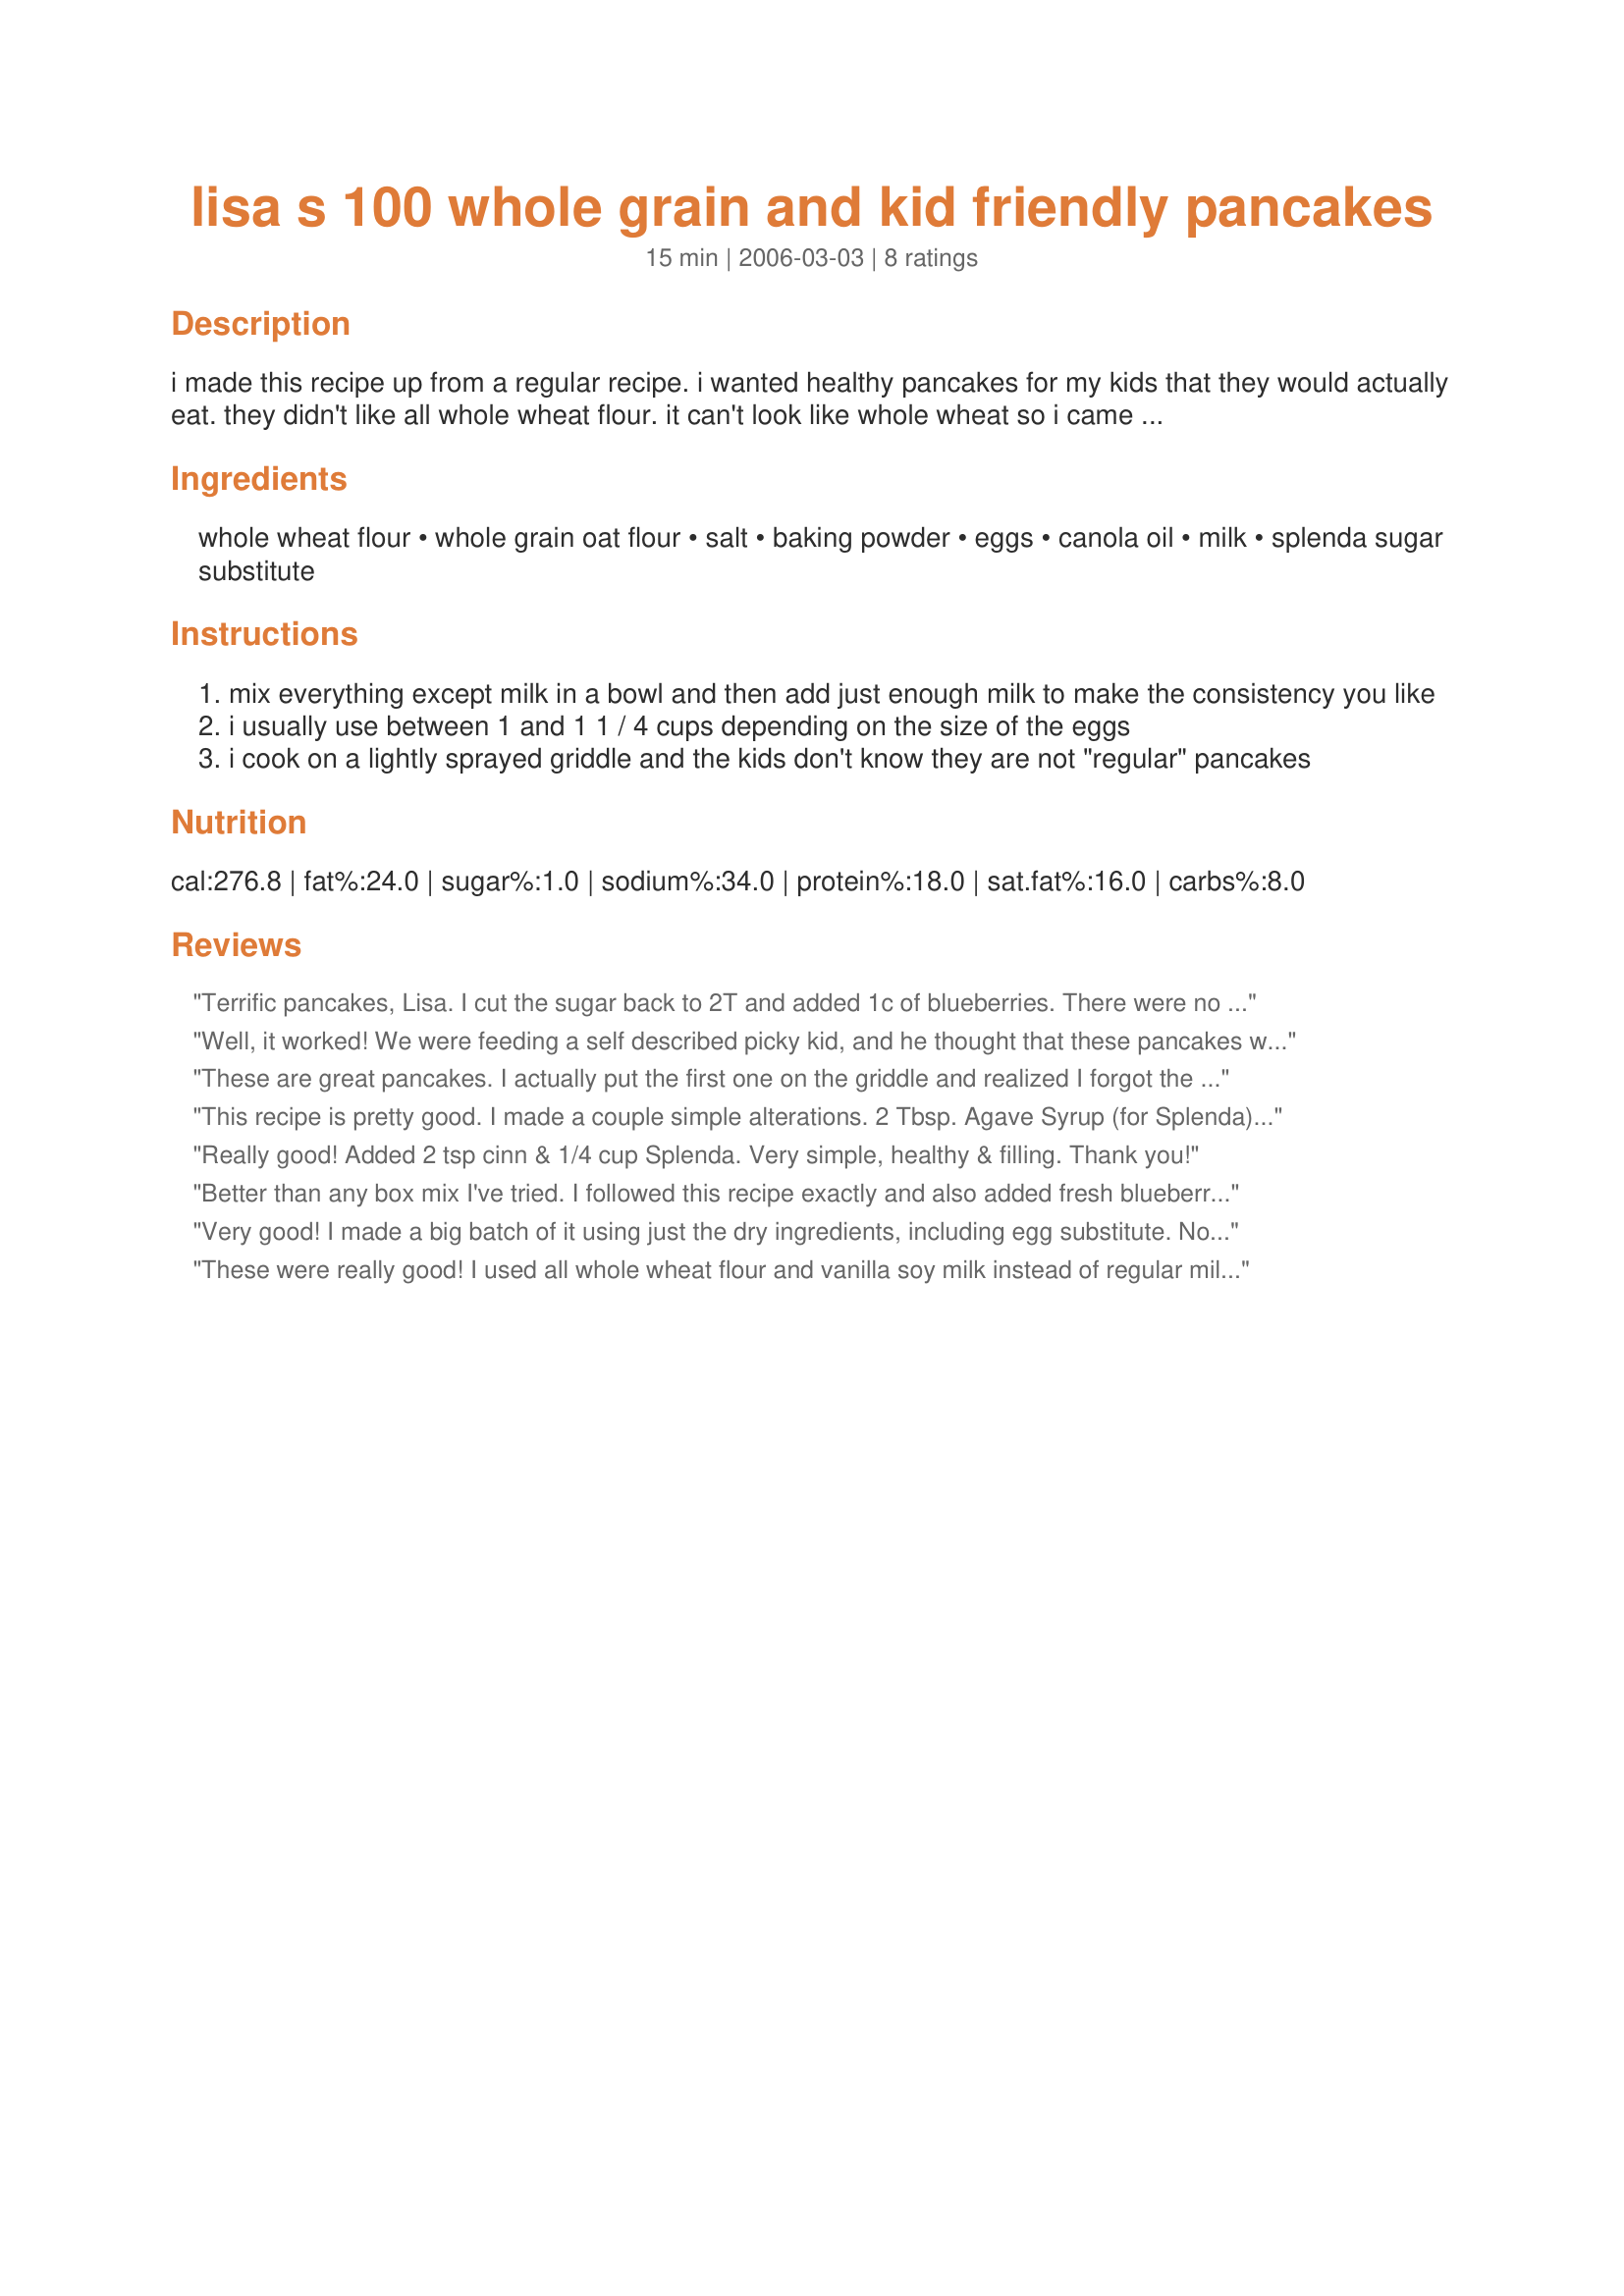
lisa s 100 whole grain and kid friendly pancakes
Preparation time: 15 minutes

i made this recipe up from a regular recipe. i wanted healthy pancakes for my kids that they would actually eat. they didn't like all whole wheat flour. it can't look like whole wheat so i came up with this.
i add splenda and cinnamon to mine sometimes. i even sometimes add chocolate chips... or chopped apples...

Ingredients:
whole wheat flour, whole grain oat flour, salt, baking powder, eggs, canola oil, milk, splenda sugar substitute

Steps:
mix everything except milk in a bowl and then add just enough milk to make the consistency you like
i usually use between 1 and 1 1 / 4 cups depending on the size of the eggs
i cook on a lightly sprayed griddle and the kids don't know they are not "regular" pancakes

Reviews:
Terrific pancakes, Lisa. I cut the sugar back to 2T and added 1c of blueberries. There were no leftovers.
Well, it worked! We were feeding a self described picky kid, and he thought that these pancakes were great. My husband and i liked them too. Because we were going on a camping trip, i pre-mixed the dry ingredients (including a heaping 1/3 cup of dry milk powder,) and later added the wet ingredients, using water instead of milk.
These are great pancakes. I actually put the first one on the griddle and realized I forgot the sugar, so I quickly stirred just 2 T into the remaining batter. Not to worry, the one without sugar tasted just fine anyway. I did use white whole wheat flour - no one knew there was whole wheat in these. Next time I think I will experiment to cut down on the oil a bit, and maybe add some flax meal. Thanks for the reat recipe.
This recipe is pretty good. I made a couple simple alterations.
2 Tbsp. Agave Syrup (for Splenda)
3 Tbsp. Grapeseed Oil (for Canola)

If you make this recipe I would recommend mixing the dry ingredients, adding the wet ingredients (1 cup of milk) that way you won't have as many lumps.
Really good! Added 2 tsp cinn & 1/4 cup Splenda. Very simple, healthy & filling. Thank you!
Better than any box mix I've tried. I followed this recipe exactly and also added fresh blueberries. Loved them! Permanent recipe in my collection now! Thank you Lisa.
Very good! I made a big batch of it using just the dry ingredients, including egg substitute. Now when I want pancakes, all I have to add to the mix are milk and oil. I sometimes add fruit and/or nuts. I used a coffee grinder and quick oats to make the oat flour, but may try it with all whole wheat flour sometime.
These were really good! I used all whole wheat flour and vanilla soy milk instead of regular milk. I also added some blueberries. My kids loved them and I thought they tasted just as good as "regular" pancakes!
